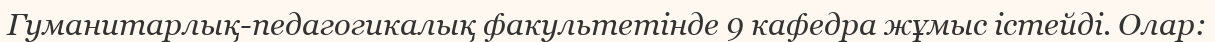
Гуманитарлық-педагогикалық факультетінде 9 кафедра жұмыс істейді. Олар: